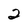
Character: 2